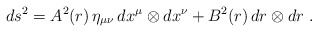
\begin{align*}ds^2 = A^2(r)\, \eta_{\mu\nu} \, dx^\mu \otimes dx^\nu+ B^2(r)\, dr \otimes dr\ .\end{align*}